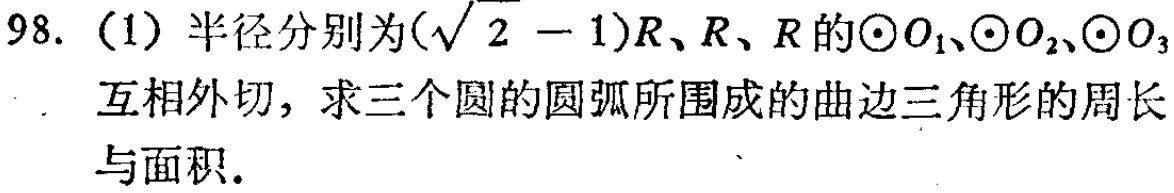
98. (1) 半径分别为\((\sqrt{2} - 1)R\)、\(R\)、\(R\)的\(\odot O_1\)、\(\odot O_2\)、\(\odot O_3\)互相外切，求三个圆的圆弧所围成的曲边三角形的周长与面积.